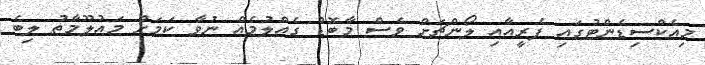
މިއެކްސިޑެންޓުގައި ފެރީއާއި ލޯންޗަށް ވެސް މާބޮޑު ގެއްލުމެއް ނުވާ ކަމަށް މައުލޫމާތު ލިބެ